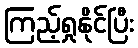
ကြည့်ရှုနိုင်ပြီး